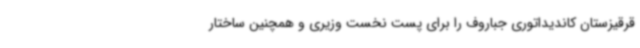
قرقیزستان کاندیداتوری جباروف را برای پست نخست وزیری و همچنین ساختار